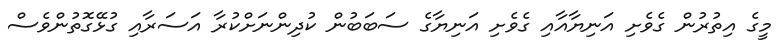
މީގެ އިތުރުން ގެވެށި އަނިޔާއާއި ގެވެށި އަނިޔާގެ ސަބަބުން ކުދިންނަށްކުރާ އަސަރާއި ގުޅޭގޮތުންވެސް